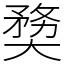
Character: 奦